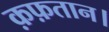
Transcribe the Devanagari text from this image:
क़फ़तान।